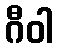
ဂီဝါ